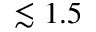
\lesssim 1 . 5